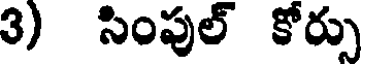
3) సింపుల్ కోర్సు